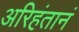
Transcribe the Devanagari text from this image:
अरिहंतानं